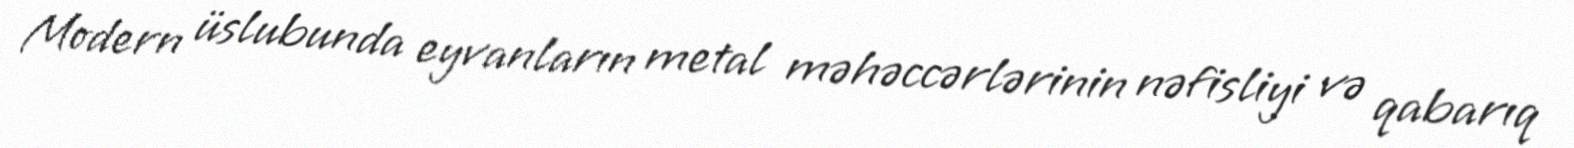
Modern üslubunda eyvanların metal məhəccərlərinin nəfisliyi və qabarıq